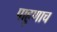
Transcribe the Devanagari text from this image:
पाहुणाच